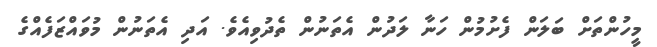
މީހުންތަށް ބަލަން ފެށުމުން ހަނާ ލަދުން އެތަނުން ތެދުވިއެވެ. އަދި އެތަނުން މުވައްޒަފެއްގެ